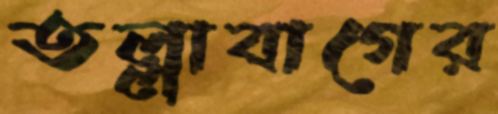
তল্লাবাগের